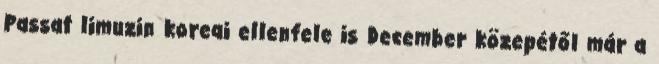
Passat limuzin koreai ellenfele is December közepétől már a